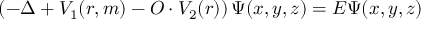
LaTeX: \left( - \Delta + V _ { 1 } ( r , m ) - O \cdot V _ { 2 } ( r ) \right) \Psi ( x , y , z ) = E \Psi ( x , y , z )